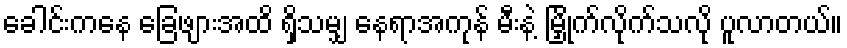
ခေါင်းကနေ ခြေဖျားအထိ ရှိသမျှ နေရာအကုန် မီးနဲ့ မြှိုက်လိုက်သလို ပူလာတယ်။